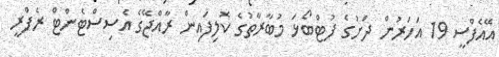
އޭއެފްސީ 19 އަހަރުން ދަށުގެ ފުޓްބޯޅަ މުބާރާތުގެ ކޮލިފައިން ރާއްޖޭގެ އެސިސްޓެންޓް ރެފްރީ